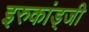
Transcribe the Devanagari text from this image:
इरुकांड्जी